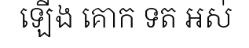
ឡើង គោក ទត អស់